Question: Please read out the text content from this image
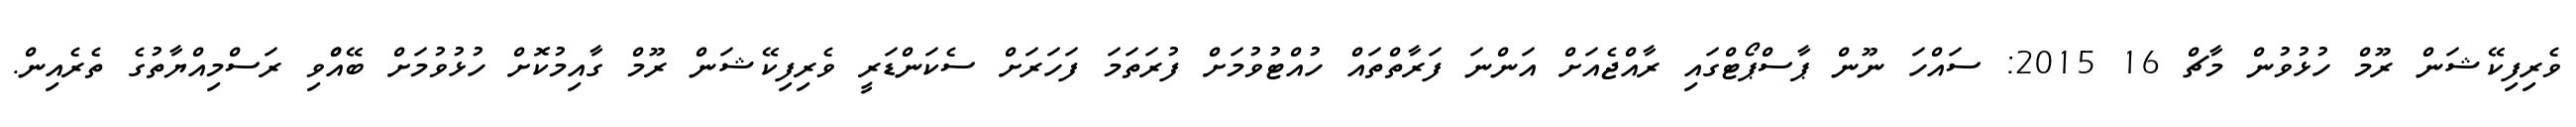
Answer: ވެރިފިކޭޝަން ރޫމް ހުޅުވުން މާޗް 16 2015: ސައްހަ ނޫން ޕާސްޕޯޓްގައި ރާއްޖެއަށް އަންނަ ފަރާތްތައް ހުއްޓުވުމަށް ފުރަތަމަ ފަހަރަށް ސެކަންޑަރީ ވެރިފިކޭޝަން ރޫމް ގާއިމުކޮށް ހުޅުވުމަށް ބޭއްްވި ރަސްމިއްޔާތުގެ ތެރެއިން.